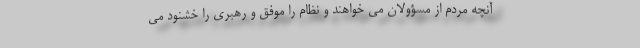
آنچه مردم از مسؤولان می خواهند و نظام را موفق و رهبری را خشنود می